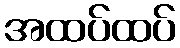
အထပ်ထပ်